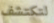
لتكتشف